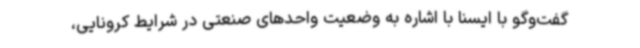
گفت‌وگو با ایسنا با اشاره به وضعیت واحدهای صنعتی در شرایط کرونایی،